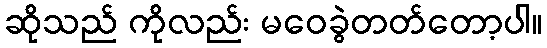
ဆိုသည် ကိုလည်း မဝေခွဲတတ်တော့ပါ။